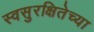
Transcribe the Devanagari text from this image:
स्वसुरक्षितेच्या